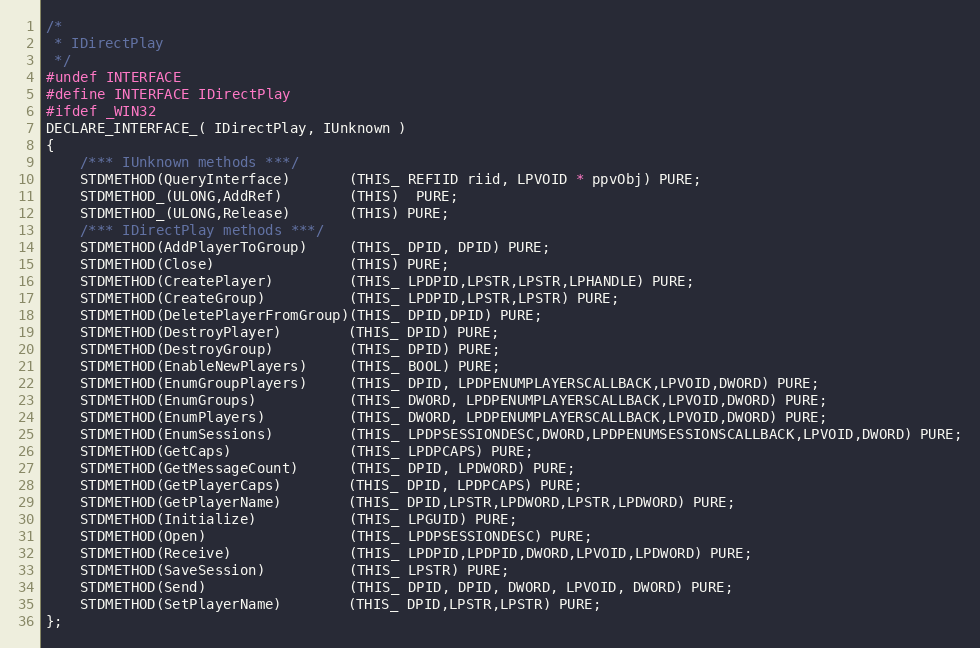
Language: C
/*
 * IDirectPlay
 */
#undef INTERFACE
#define INTERFACE IDirectPlay
#ifdef _WIN32
DECLARE_INTERFACE_( IDirectPlay, IUnknown )
{
    /*** IUnknown methods ***/
    STDMETHOD(QueryInterface)       (THIS_ REFIID riid, LPVOID * ppvObj) PURE;
    STDMETHOD_(ULONG,AddRef)        (THIS)  PURE;
    STDMETHOD_(ULONG,Release)       (THIS) PURE;
    /*** IDirectPlay methods ***/
    STDMETHOD(AddPlayerToGroup)     (THIS_ DPID, DPID) PURE;
    STDMETHOD(Close)                (THIS) PURE;
    STDMETHOD(CreatePlayer)         (THIS_ LPDPID,LPSTR,LPSTR,LPHANDLE) PURE;
    STDMETHOD(CreateGroup)          (THIS_ LPDPID,LPSTR,LPSTR) PURE;
    STDMETHOD(DeletePlayerFromGroup)(THIS_ DPID,DPID) PURE;
    STDMETHOD(DestroyPlayer)        (THIS_ DPID) PURE;
    STDMETHOD(DestroyGroup)         (THIS_ DPID) PURE;
    STDMETHOD(EnableNewPlayers)     (THIS_ BOOL) PURE;
    STDMETHOD(EnumGroupPlayers)     (THIS_ DPID, LPDPENUMPLAYERSCALLBACK,LPVOID,DWORD) PURE;
    STDMETHOD(EnumGroups)           (THIS_ DWORD, LPDPENUMPLAYERSCALLBACK,LPVOID,DWORD) PURE;
    STDMETHOD(EnumPlayers)          (THIS_ DWORD, LPDPENUMPLAYERSCALLBACK,LPVOID,DWORD) PURE;
    STDMETHOD(EnumSessions)         (THIS_ LPDPSESSIONDESC,DWORD,LPDPENUMSESSIONSCALLBACK,LPVOID,DWORD) PURE;
    STDMETHOD(GetCaps)              (THIS_ LPDPCAPS) PURE;
    STDMETHOD(GetMessageCount)      (THIS_ DPID, LPDWORD) PURE;
    STDMETHOD(GetPlayerCaps)        (THIS_ DPID, LPDPCAPS) PURE;
    STDMETHOD(GetPlayerName)        (THIS_ DPID,LPSTR,LPDWORD,LPSTR,LPDWORD) PURE;
    STDMETHOD(Initialize)           (THIS_ LPGUID) PURE;
    STDMETHOD(Open)                 (THIS_ LPDPSESSIONDESC) PURE;
    STDMETHOD(Receive)              (THIS_ LPDPID,LPDPID,DWORD,LPVOID,LPDWORD) PURE;
    STDMETHOD(SaveSession)          (THIS_ LPSTR) PURE;
    STDMETHOD(Send)                 (THIS_ DPID, DPID, DWORD, LPVOID, DWORD) PURE;
    STDMETHOD(SetPlayerName)        (THIS_ DPID,LPSTR,LPSTR) PURE;
};